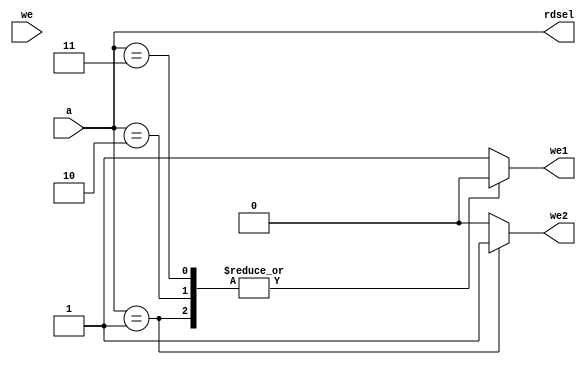
module fact_ad(
       input we,
       input [1:0] a,
       output reg we1, we2,
       output [1:0] rdsel
);

always@(*) 
case (a)
     2'b01: begin we1 = 0; we2 = 1; end
     2'b10: begin we1 = 0; we2 = 0; end
     2'b11: begin we1 = 0; we2 = 0; end
   default: begin we1 = 1; we2 = 0; end
endcase


assign rdsel = a;

endmodule